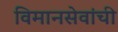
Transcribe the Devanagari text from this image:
विमानसेवांची